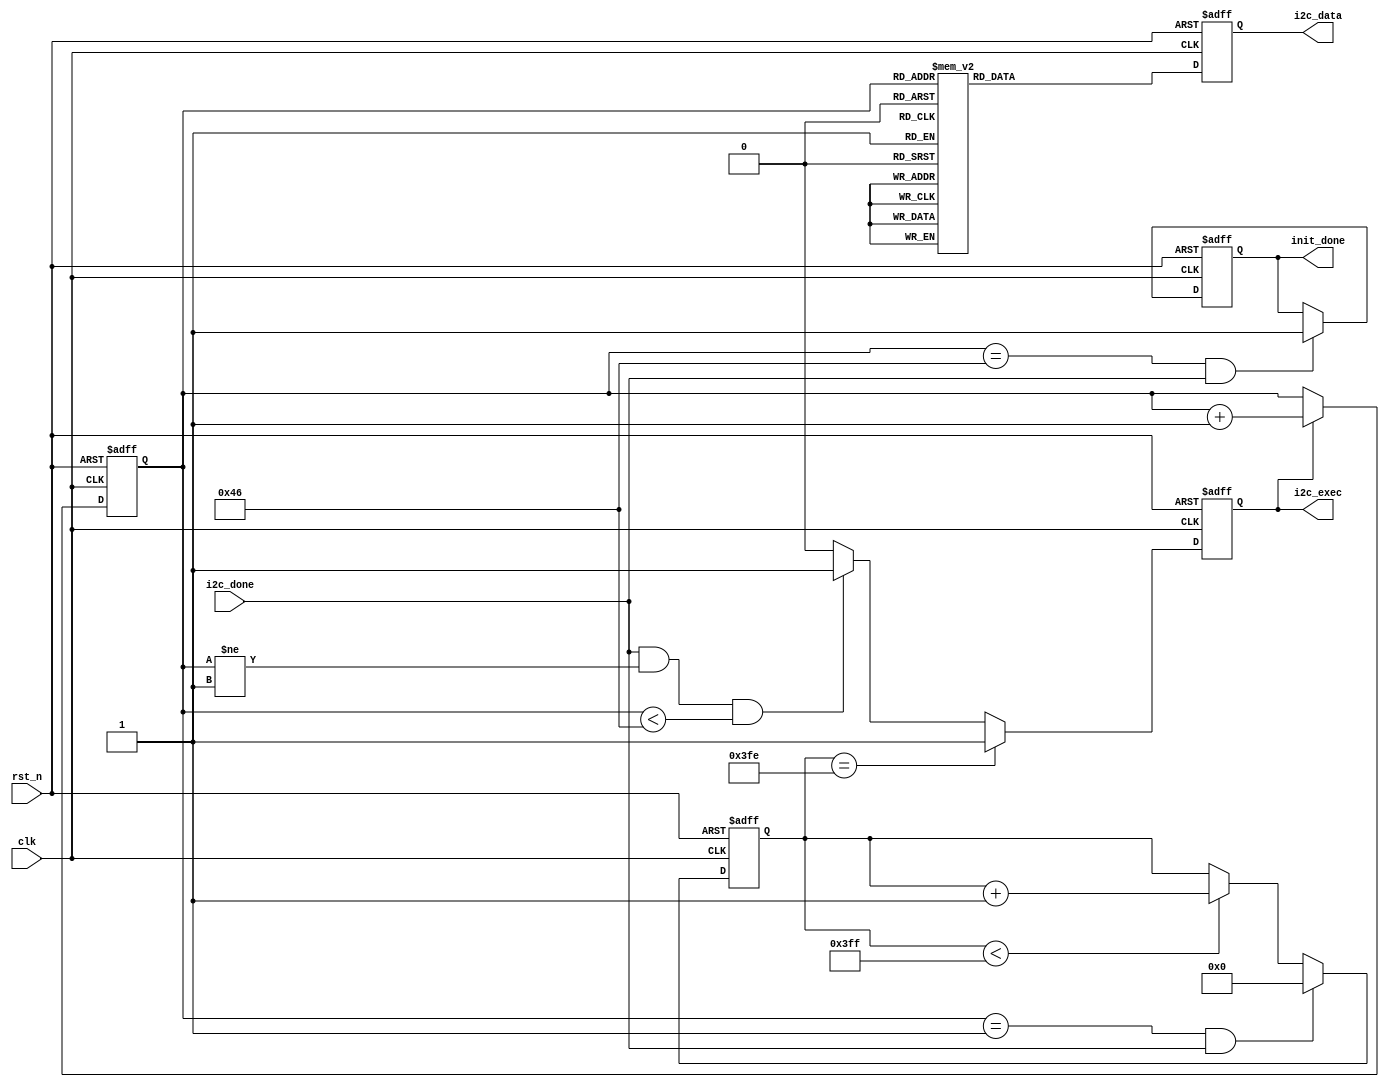
//****************************************Copyright (c)***********************************//
//www.openedv.com
//http://openedv.taobao.com 
//""FPGA & STM32
//
//Copyright(C)  2018-2028
//All rights reserved                               
//----------------------------------------------------------------------------------------
// File name:           i2c_ov7725_rgb565_cfg
// Last modified Date:  2018/3/21 14:26:05
// Last Version:        V1.0
// Descriptions:        i2c
//----------------------------------------------------------------------------------------
// Created by:          
// Created date:        2018/3/21 14:26:05
// Version:             V1.0
// Descriptions:        The original version
//
//----------------------------------------------------------------------------------------
//****************************************************************************************//

module i2c_ov7725_rgb565_cfg(  
    input                clk      ,  //
    input                rst_n    ,  //
    
    input                i2c_done ,  //I2C
    output  reg          i2c_exec ,  //I2C   
    output  reg  [15:0]  i2c_data ,  //I2C(8,8)
    output  reg          init_done   //
    );

//parameter define
parameter  REG_NUM = 7'd70   ;       //

//reg define
reg    [9:0]   start_init_cnt;       //
reg    [6:0]   init_reg_cnt  ;       //

//*****************************************************
//**                    main code
//*****************************************************

//cam_scl250khz,clk1Mhz,1us,1023*1us = 1.023ms
//
always @(posedge clk or negedge rst_n) begin
    if(!rst_n)
        start_init_cnt <= 10'b0;    
    else if((init_reg_cnt == 7'd1) && i2c_done)
        start_init_cnt <= 10'b0;
    else if(start_init_cnt < 10'd1023) begin
        start_init_cnt <= start_init_cnt + 1'b1;                    
    end
end

//    
always @(posedge clk or negedge rst_n) begin
    if(!rst_n)
        init_reg_cnt <= 7'd0;
    else if(i2c_exec)   
        init_reg_cnt <= init_reg_cnt + 7'b1;
end         

//i2c   
always @(posedge clk or negedge rst_n) begin
    if(!rst_n)
        i2c_exec <= 1'b0;
    else if(start_init_cnt == 10'd1022)
        i2c_exec <= 1'b1;
    //
    else if(i2c_done && (init_reg_cnt != 7'd1) && (init_reg_cnt < REG_NUM))
        i2c_exec <= 1'b1;
    else
        i2c_exec <= 1'b0;    
end 

//
always @(posedge clk or negedge rst_n) begin
    if(!rst_n)
        init_done <= 1'b0;
    else if((init_reg_cnt == REG_NUM) && i2c_done)  
        init_done <= 1'b1;  
end        
   
//
always @(posedge clk or negedge rst_n) begin
    if(!rst_n)
        i2c_data <= 16'b0;
    else begin
        case(init_reg_cnt)
            //
            //1ms
            7'd0  : i2c_data <= {8'h12, 8'h40}; //COM7 BIT[7]:
            7'd1  : i2c_data <= {8'h3d, 8'h03}; //COM12 
            7'd2  : i2c_data <= {8'h15, 8'h00}; //COM10 href/vsync/pclk/data
            7'd3  : i2c_data <= {8'h17, 8'h23}; //HSTART 
            7'd4  : i2c_data <= {8'h18, 8'ha0}; //HSIZE 
            7'd5  : i2c_data <= {8'h19, 8'h07}; //VSTRT 
            7'd6  : i2c_data <= {8'h1a, 8'hf0}; //VSIZE             
            7'd7  : i2c_data <= {8'h32, 8'h00}; //HREF 
            7'd8  : i2c_data <= {8'h29, 8'ha0}; //HOutSize 
            7'd9  : i2c_data <= {8'h2a, 8'h00}; //EXHCH MSB
            7'd10 : i2c_data <= {8'h2b, 8'h00}; //EXHCL LSB
            7'd11 : i2c_data <= {8'h2c, 8'hf0}; //VOutSize 
            7'd12 : i2c_data <= {8'h0d, 8'h41}; //COM4 PLL(multiplier)
                                                //Bit[7:6]:  0:1x 1:4x 2:6x 3:8x
            7'd13 : i2c_data <= {8'h11, 8'h00}; //CLKRC  
                                                //Freq=multiplier/[(CLKRC[5:0]+1)*2]
            7'd14 : i2c_data <= {8'h12, 8'h06}; //COM7 VGA RGB565                                     
            7'd15 : i2c_data <= {8'h0c, 8'h10}; //COM3 Bit[0]: 0: 1:
            //DSP 
            7'd16 : i2c_data <= {8'h42, 8'h7f}; //TGT_B 
            7'd17 : i2c_data <= {8'h4d, 8'h09}; //FixGain 
            7'd18 : i2c_data <= {8'h63, 8'hf0}; //AWB_Ctrl0 0
            7'd19 : i2c_data <= {8'h64, 8'hff}; //DSP_Ctrl1 DSP1
            7'd20 : i2c_data <= {8'h65, 8'h00}; //DSP_Ctrl2 DSP2
            7'd21 : i2c_data <= {8'h66, 8'h00}; //DSP_Ctrl3 DSP3
            7'd22 : i2c_data <= {8'h67, 8'h00}; //DSP_Ctrl4 DSP4    
            //AGC AEC AWB        
            //COM8 Bit[2]: Bit[1]: Bit[0]:
            7'd23 : i2c_data <= {8'h13, 8'hff}; //COM8 
            7'd24 : i2c_data <= {8'h0f, 8'hc5}; //COM6
            7'd25 : i2c_data <= {8'h14, 8'h11};  
            7'd26 : i2c_data <= {8'h22, 8'h98}; 
            7'd27 : i2c_data <= {8'h23, 8'h03};  
            7'd28 : i2c_data <= {8'h24, 8'h40}; 
            7'd29 : i2c_data <= {8'h25, 8'h30};  
            7'd30: i2c_data <= {8'h26, 8'ha1};      
            7'd31: i2c_data <= {8'h6b, 8'haa}; 
            7'd32: i2c_data <= {8'h13, 8'hff};  
            //matrix sharpness brightness contrast UV
            7'd33 : i2c_data <= {8'h90, 8'h0a}; //EDGE1 1
            //DNSOff ,
            7'd34 : i2c_data <= {8'h91, 8'h01}; //DNSOff 
            7'd35 : i2c_data <= {8'h92, 8'h01}; //EDGE2 ()
            7'd36 : i2c_data <= {8'h93, 8'h01}; //EDGE3 ()
            7'd37 : i2c_data <= {8'h94, 8'h5f}; //MTX1 1
            7'd38 : i2c_data <= {8'h95, 8'h53}; //MTX1 2
            7'd39 : i2c_data <= {8'h96, 8'h11}; //MTX1 3
            7'd40 : i2c_data <= {8'h97, 8'h1a}; //MTX1 4
            7'd41 : i2c_data <= {8'h98, 8'h3d}; //MTX1 5
            7'd42 : i2c_data <= {8'h99, 8'h5a}; //MTX1 6
            7'd43 : i2c_data <= {8'h9a, 8'h1e}; //MTX_Ctrl 
            7'd44 : i2c_data <= {8'h9b, 8'h3f}; //BRIGHT 
            7'd45 : i2c_data <= {8'h9c, 8'h25}; //CNST             
            7'd46 : i2c_data <= {8'h9e, 8'h81}; 
            7'd47 : i2c_data <= {8'ha6, 8'h06}; //SDE 
            7'd48 : i2c_data <= {8'ha7, 8'h65}; //USAT "U"
            7'd49 : i2c_data <= {8'ha8, 8'h65}; //VSAT "V"            
            7'd50 : i2c_data <= {8'ha9, 8'h80}; //VSAT "V"   
            7'd51 : i2c_data <= {8'haa, 8'h80}; //VSAT "V"
            // 
            7'd52 : i2c_data <= {8'h7e, 8'h0c}; 
            7'd53 : i2c_data <= {8'h7f, 8'h16}; 
            7'd54 : i2c_data <= {8'h80, 8'h2a}; 
            7'd55 : i2c_data <= {8'h81, 8'h4e}; 
            7'd56 : i2c_data <= {8'h82, 8'h61}; 
            7'd57 : i2c_data <= {8'h83, 8'h6f}; 
            7'd58 : i2c_data <= {8'h84, 8'h7b}; 
            7'd59 : i2c_data <= {8'h85, 8'h86};   
            7'd60 : i2c_data <= {8'h86, 8'h8e}; 
            7'd61 : i2c_data <= {8'h87, 8'h97}; 
            7'd62 : i2c_data <= {8'h88, 8'ha4}; 
            7'd63 : i2c_data <= {8'h89, 8'haf}; 
            7'd64 : i2c_data <= {8'h8a, 8'hc5}; 
            7'd65 : i2c_data <= {8'h8b, 8'hd7}; 
            7'd66 : i2c_data <= {8'h8c, 8'he8}; 
            7'd67 : i2c_data <= {8'h8d, 8'h20}; 
            
            7'd68 : i2c_data <= {8'h0e, 8'h65}; //COM5
            7'd69 : i2c_data <= {8'h09, 8'h00}; //COM2  Bit[1:0] 
            //,case
            default:i2c_data <=	{8'h1C, 8'h7F}; //MIDH ID 8
        endcase
    end
end

endmodule